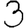
Digit: 3